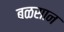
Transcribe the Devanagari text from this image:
बळसान